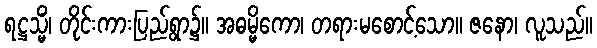
ရဋ္ဌသ္မိံ၊ တိုင်းကားပြည်ရွာ၌။ အဓမ္မိကော၊ တရားမစောင့်သော။ ဇနော၊ လူသည်။